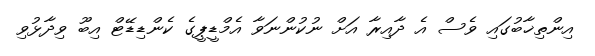
އިންތިޚާބުގައި ވެސް އެ ދާއިރާ އަށް ނުކުންނަވާ އެމްޑީޕީގެ ކެންޑިޑޭޓް އިބޫ ވިދާޅުވި